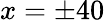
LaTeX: x=\pm 40